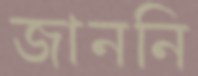
জাননি